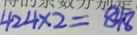
4 2 4 \times 2 = 8 4 8